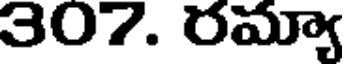
307. రమ్యా